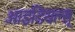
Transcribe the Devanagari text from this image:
आइडियल्स्‌